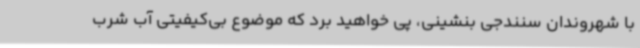
با شهروندان سنندجی بنشینی، پی خواهید برد که موضوع بی‌کیفیتی آب شرب